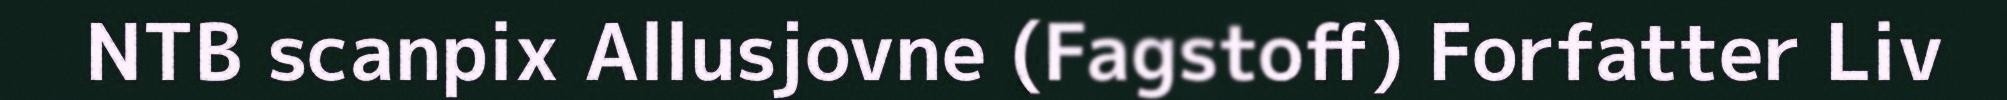
NTB scanpix Allusjovne (Fagstoff) Forfatter Liv